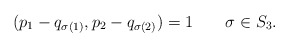
\begin{align*}(p_1-q_{\sigma(1)},p_2-q_{\sigma(2)})=1\qquad\sigma\in S_3.\end{align*}